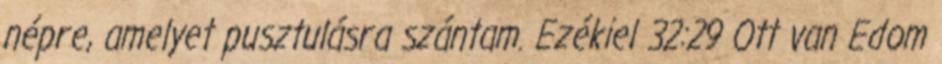
népre, amelyet pusztulásra szántam. Ezékiel 32:29 Ott van Edom